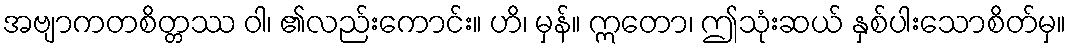
အဗျာကတစိတ္တဿ ဝါ၊ ၏လည်းကောင်း။ ဟိ၊ မှန်။ ဣတော၊ ဤသုံးဆယ် နှစ်ပါးသောစိတ်မှ။